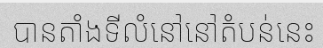
បានតាំងទីលំនៅនៅតំបន់នេះ